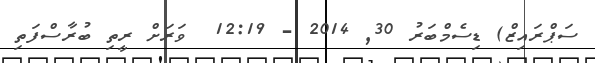
ސަޕްރައިޒް) ޑިސެމްބަރު 30